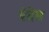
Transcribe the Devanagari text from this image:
एंदेस